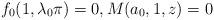
LaTeX: \begin{align*} f_0(1,\lambda_0\pi)=0 , M(a_0 , 1 , z) = 0 \end{align*}